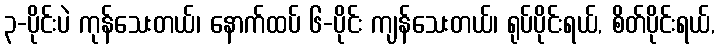
၃-ပိုင်းပဲ ကုန်သေးတယ်၊ နောက်ထပ် ၆-ပိုင်း ကျန်သေးတယ်၊ ရုပ်ပိုင်းရယ်, စိတ်ပိုင်းရယ်,